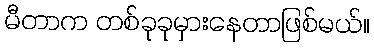
မီတာက တစ်ခုခုမှားနေတာဖြစ်မယ်။